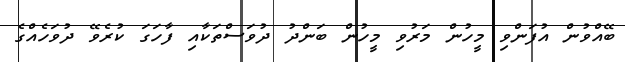
ބޭއްވުން އުފަންވި މީހުން މަރުވި މީހުން ބަންދު ދުވަސްތަކާއި ފާހަގަ ކުރެވޭ ދުވަހެއްގެ